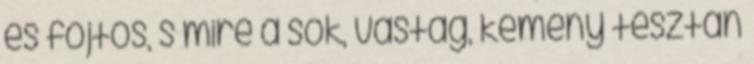
és fojtós, s mire a sok, vastag, kemény tésztán